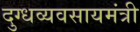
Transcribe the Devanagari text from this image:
दुग्धव्यवसायमंत्री